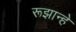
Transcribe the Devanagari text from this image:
रूझान्हे